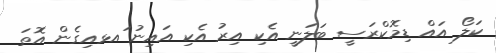
ކަލޯ އައް ޑިމޮކްރަސީ ބަލަނީ އެކި އިރު އެކި އައިނު ައޅއިގެން އޮތަ